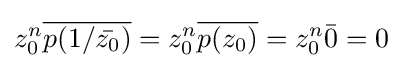
z_{0}^{n}{\overline {p(1/{\bar {z_{0}}})}}=z_{0}^{n}{\overline {p(z_{0})}}=z_{0}^{n}{\bar {0}}=0